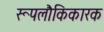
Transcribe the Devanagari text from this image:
रूपलौकिकारक